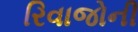
રિવાજોની